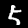
Label: 5